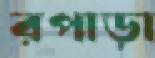
রপাড়া